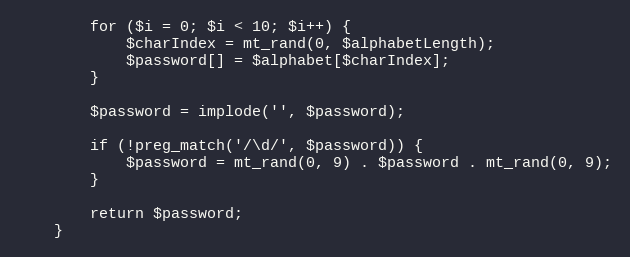
Language: PHP
        for ($i = 0; $i < 10; $i++) {
            $charIndex = mt_rand(0, $alphabetLength);
            $password[] = $alphabet[$charIndex];
        }

        $password = implode('', $password);

        if (!preg_match('/\d/', $password)) {
            $password = mt_rand(0, 9) . $password . mt_rand(0, 9);
        }

        return $password;
    }